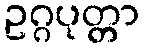
ဥဂ္ဂပုတ္တာ